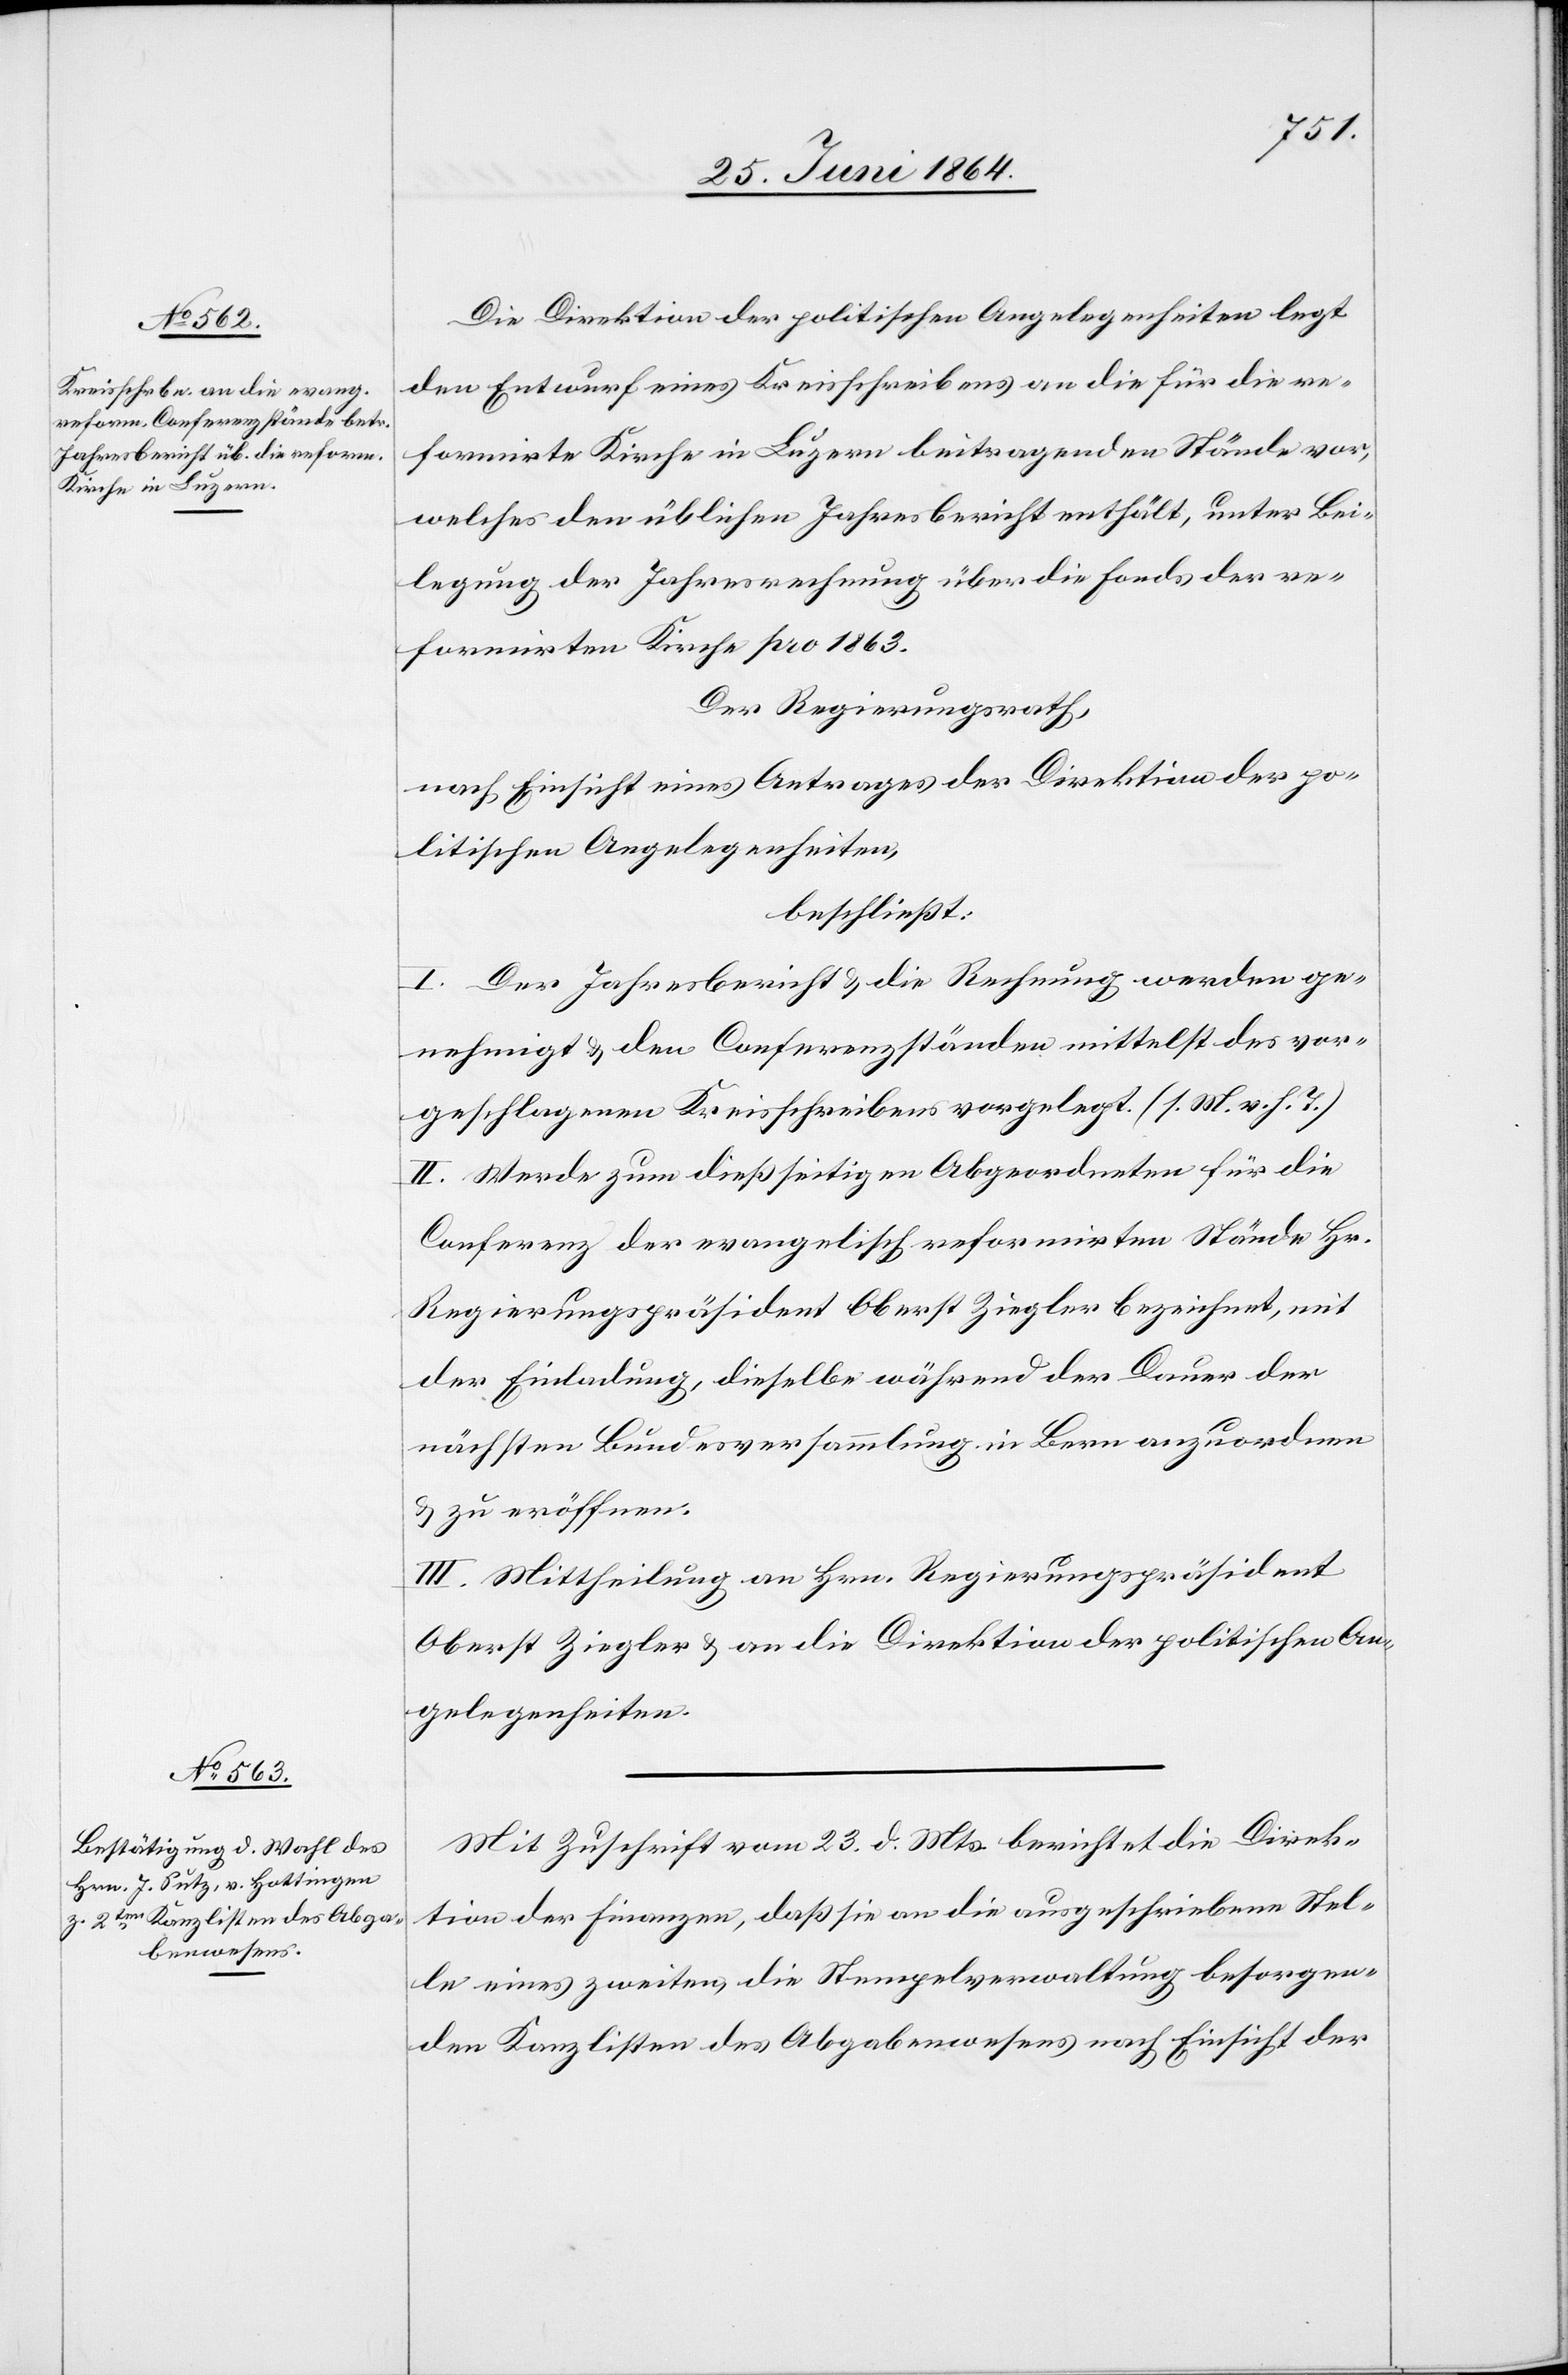
Die Direktion der politischen Angelegenheiten legt
den Entwurf eines Kreisschreibens an die für die re¬
formirte Kirche in Luzern beitragenden Stände vor,
welches den üblichen Jahresbericht enthält, unter Bei¬
legung der Jahresrechnung über die Fonds der re¬
formirten Kirche pro 1863.
Der Regierungsrath,
nach Einsicht eines Antrages der Direktion der po¬
litischen Angelegenheiten,
beschließt:
I. Der Jahresbericht u. die Rechnung werden ge¬
nehmigt u. den Conferenzständen mittelst des vor¬
geschlagenen Kreisschreibens vorgelegt. (s. M. v. h. T.)
II. Werde zum dießseitigen Abgeordneten für die
Conferenz der evangelisch reformirten Stände Hr.
Regierungspräsident Oberst Ziegler bezeichnet, mit
der Einladung, dieselbe während der Dauer der
nächsten Bundesversammlung in Bern anzuordnen
u. zu eröffnen.
III. Mittheilung an Hrn. Regierungspräsident
Oberst Ziegler u. an die Direktion der politischen An¬
gelegenheiten.
Mit Zuschrift vom 23. d. Mts. berichtet die Direk¬
tion der Finanzen, daß sie an die ausgeschriebene Stel¬
le eines zweiten, die Stempelverwaltung besorgen¬
den Kanzlisten des Abgabenwesens nach Einsicht der